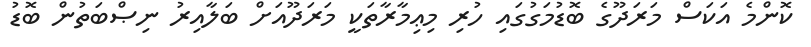
ކޮންމެ އަކަސް މަރަދޫގެ ބޮޑުމަގުގައި ހުރި މިޢިމާރާތަކީ މަރަދޫއަށް ބަލާއިރު ނިޞްބަތުން ބޮޑު